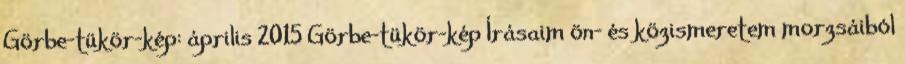
Görbe-tükör-kép: április 2015 Görbe-tükör-kép Írásaim ön- és közismeretem morzsáiból